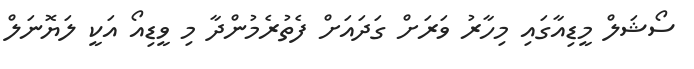
ސޯޝަލް މީޑިއާގައި މިހާރު ވަރަށް ގަދައަށް ފެތުރެމުންދާ މި ވީޑިއޯ އަކީ ލަޔޮނަލް